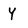
Character: Y